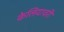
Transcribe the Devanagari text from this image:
केलियावरी